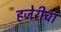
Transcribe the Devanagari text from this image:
हजेरीचा